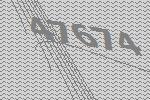
47674